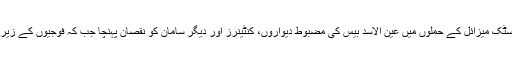
خبر رساں ادارے ‘رائٹرز’ کے مطابق ایران کے بیلسٹک میزائل کے حملوں میں عین الاسد بیس کی مضبوط دیواروں، کنٹینرز اور دیگر سامان کو نقصان پہنچا جب کہ فوجیوں کے زیر استعمال سائیکلز، فرنیچر مکمل طور پر تباہ ہو گیا۔